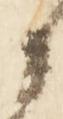
候